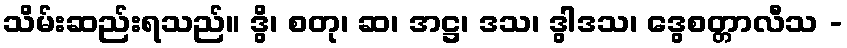
သိမ်းဆည်းရသည်။ ဒွိ၊ စတု၊ ဆ၊ အဋ္ဌ၊ ဒသ၊ ဒွါဒသ၊ ဒွေစတ္တာလီသ -